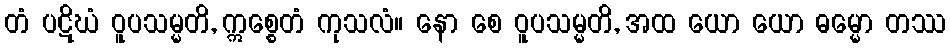
တံ ပဋိဃံ ဝူပသမ္မတိ, ဣစ္စေတံ ကုသလံ။ နော စေ ဝူပသမ္မတိ, အထ ယော ယော ဓမ္မော တဿ